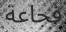
فجاعة